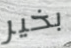
بخير